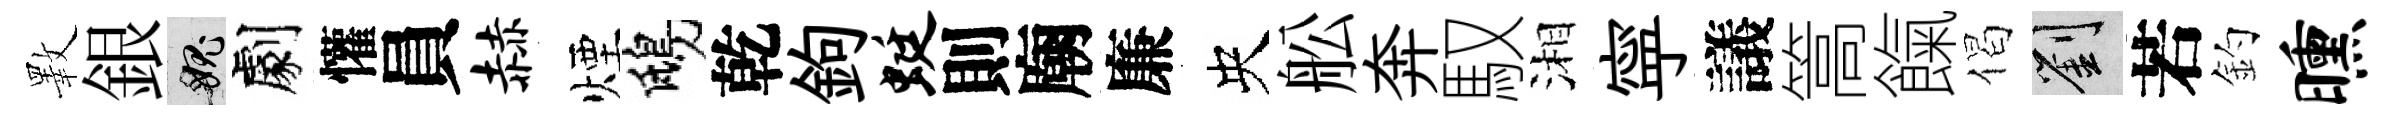
斁銀愧劇懽員赫煙鴟乾鉤蜓則廟廉央舩奔馭湘寜議篙餼偈劉若釣曛